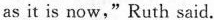
as it is now,"Ruth said.